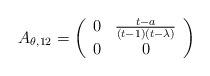
LaTeX: \begin{align*}A_{\theta,12}=\left(\begin{array}{cc}0 & \frac{t-a}{(t-1)(t-\lambda)}\\0 & 0\\\end{array}\right)\end{align*}